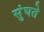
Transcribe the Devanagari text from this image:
सुंघते